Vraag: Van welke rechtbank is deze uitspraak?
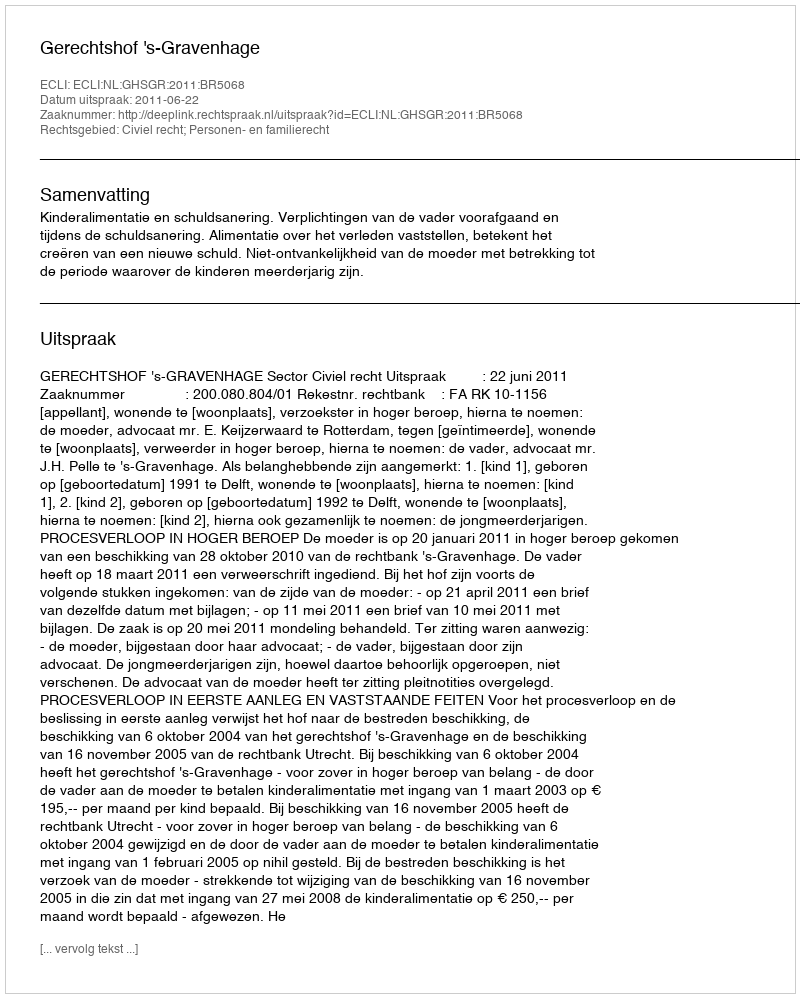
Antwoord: Gerechtshof 's-Gravenhage